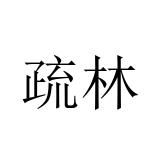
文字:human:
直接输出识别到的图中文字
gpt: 疏林